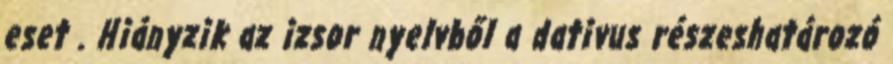
eset . Hiányzik az izsor nyelvből a dativus részeshatározó